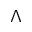
\Lambda